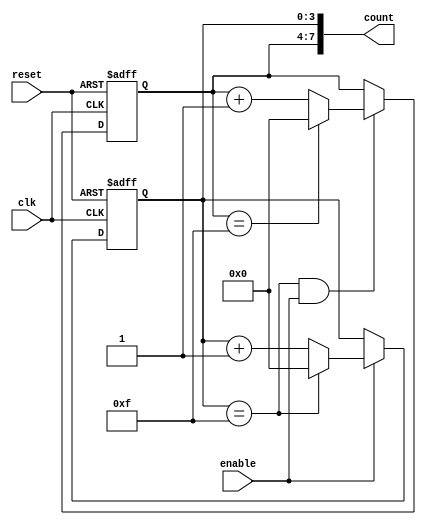
module cascaded_counter (
    input wire clk,          // Clock input
    input wire reset,        // Active high reset
    input wire enable,       // Enable signal to control counting
    output reg [7:0] count   // 8-bit output for the total count
);

// Declare internal signals for the two 4-bit counters
reg [3:0] counter1;        // LSB counter
reg [3:0] counter2;        // MSB counter
wire carry;                // Carry signal from the LSB counter

// LSB counter logic
always @(posedge clk or posedge reset) begin
    if (reset) begin
        counter1 <= 4'b0000; // Reset LSB counter
    end else if (enable) begin
        if (counter1 == 4'b1111) begin
            counter1 <= 4'b0000; // Reset LSB counter on overflow
        end else begin
            counter1 <= counter1 + 1; // Increment LSB counter
        end
    end
end

// Generate carry signal when LSB counter overflows
assign carry = (counter1 == 4'b1111) && enable;

// MSB counter logic
always @(posedge clk or posedge reset) begin
    if (reset) begin
        counter2 <= 4'b0000; // Reset MSB counter
    end else if (carry) begin
        if (counter2 == 4'b1111) begin
            counter2 <= 4'b0000; // Reset MSB counter on overflow
        end else begin
            counter2 <= counter2 + 1; // Increment MSB counter
        end
    end
end

// Combine the outputs of both counters for the final count
always @(*) begin
    count = {counter2, counter1}; // Concatenate MSB and LSB counters
end

endmodule